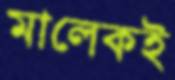
মালেকই